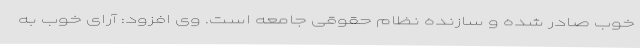
خوب صادر شده و سازنده نظام حقوقی جامعه است. وی افزود: آرای خوب به